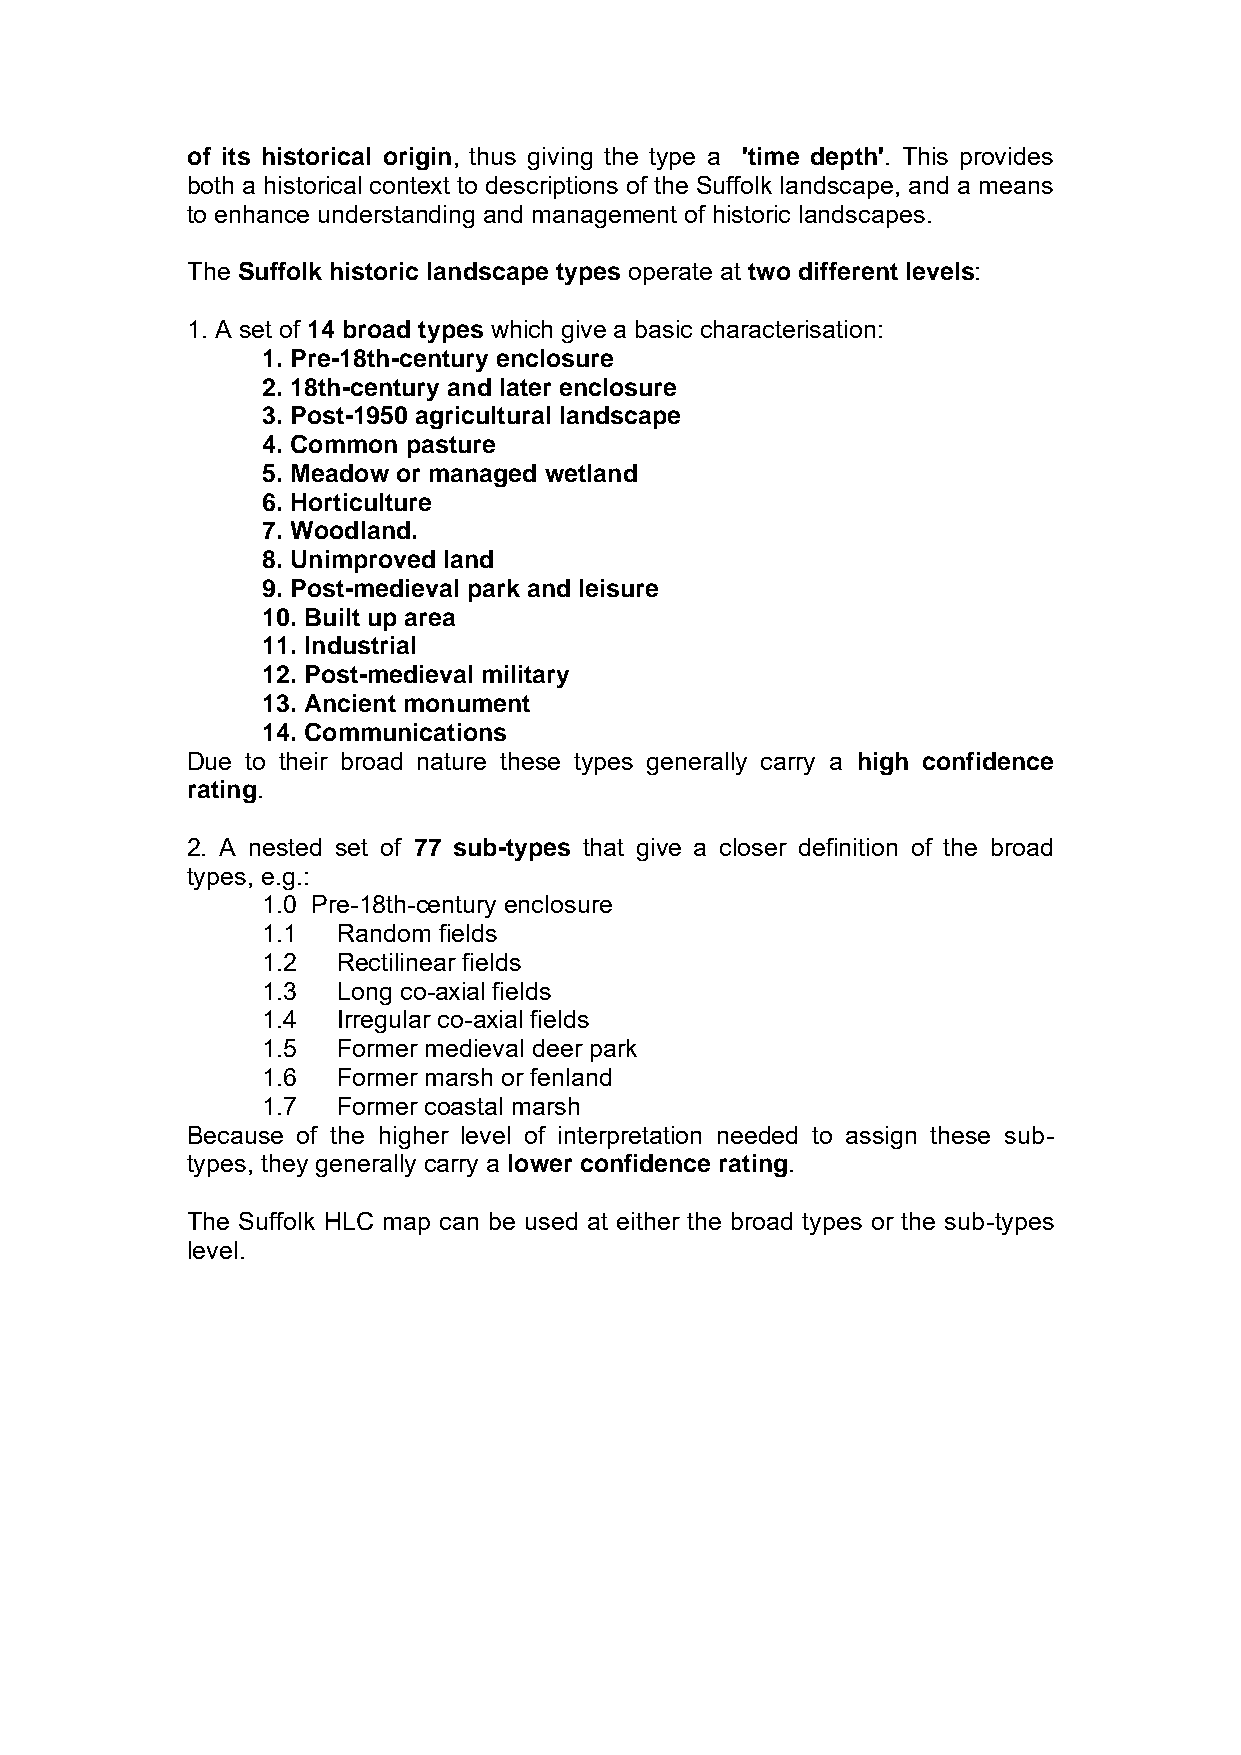
of its historical origin, thus giving the type a 'time depth'. This provides
 both a historical context to descriptions of the Suffolk landscape, and a means
 to enhance understanding and management of historic landscapes.
 The Suffolk historic landscape types operate at two different levels:
 1. A set of 14 broad types which give a basic characterisation:
 1. Pre-18th-century enclosure
 2. 18th-century and later enclosure
 3. Post-1950 agricultural landscape
 4. Common pasture
 5. Meadow or managed wetland
 6. Horticulture
 7. Woodland.
 8. Unimproved land
 9. Post-medieval park and leisure
 10. Built up area
 11. Industrial
 12. Post-medieval military
 13. Ancient monument
 14. Communications
 Due to their broad nature these types generally carry a high confidence
 rating.
 2. A nested set of 77 sub-types that give a closer definition of the broad
 types, e.g.:
 1.0 Pre-18th-century enclosure
 1.1  Random fields
 1.2  Rectilinear fields
 1.3  Long co-axial fields
 1.4  Irregular co-axial fields
 1.5  Former medieval deer park
 1.6  Former marsh or fenland
 1.7  Former coastal marsh
 Because of the higher level of interpretation needed to assign these sub-
 types, they generally carry a lower confidence rating.
 The Suffolk HLC map can be used at either the broad types or the sub-types
 level.